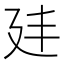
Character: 𭚔